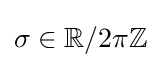
\sigma \in \mathbb {R} /2\pi \mathbb {Z}